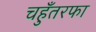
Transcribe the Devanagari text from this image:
चहुँतरफा